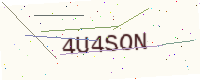
Text: 4U4SON